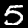
Label: 5